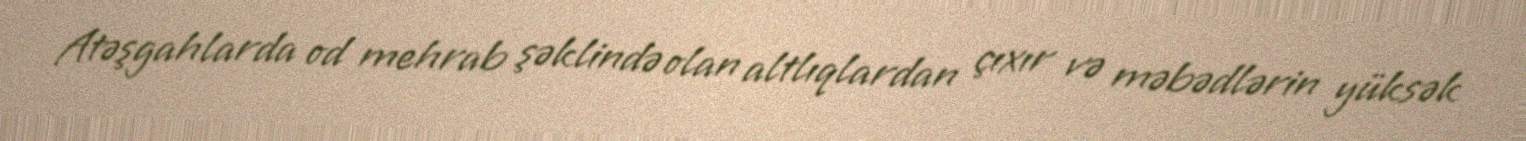
Atəşgahlarda od mehrab şəklində olan altlıqlardan çıxır və məbədlərin yüksək